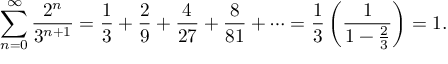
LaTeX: \sum _ { n = 0 } ^ { \infty } { \frac { 2 ^ { n } } { 3 ^ { n + 1 } } } = { \frac { 1 } { 3 } } + { \frac { 2 } { 9 } } + { \frac { 4 } { 2 7 } } + { \frac { 8 } { 8 1 } } + \cdots = { \frac { 1 } { 3 } } \left( { \frac { 1 } { 1 - { \frac { 2 } { 3 } } } } \right) = 1 .